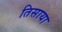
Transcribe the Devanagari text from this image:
तिसाया